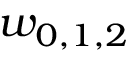
w _ { 0 , 1 , 2 }